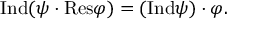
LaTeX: { \mathrm { I n d } } ( \psi \cdot { \mathrm { R e s } } \varphi ) = ( { \mathrm { I n d } } \psi ) \cdot \varphi .